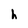
Character: h